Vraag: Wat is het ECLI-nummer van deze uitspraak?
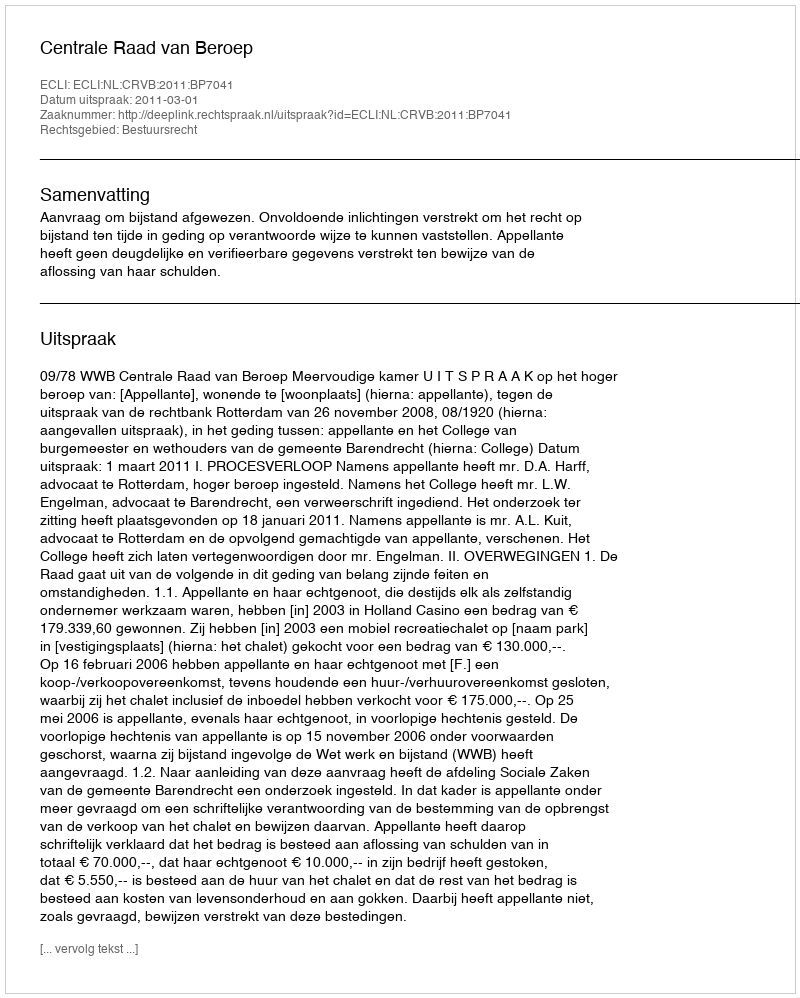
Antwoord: ECLI:NL:CRVB:2011:BP7041